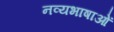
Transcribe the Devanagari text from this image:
नव्यभाषाओं